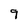
Character: 9